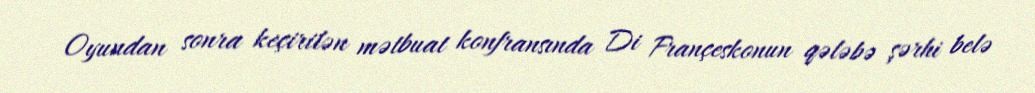
Oyundan sonra keçirilən mətbuat konfransında Di Françeskonun qələbə şərhi belə